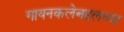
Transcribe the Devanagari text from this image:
गायनकलेबद्दलच्या